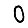
Digit: 0